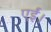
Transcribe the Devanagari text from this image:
एईं।